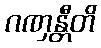
ဂဏှန္တီတိ